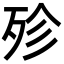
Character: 殄